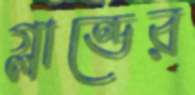
গ্লান্ডের